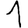
Digit: 1